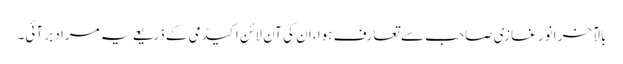
بالآخر انور غازی صاحب سے تعارف ہوا، ان کی آن لائن اکیڈمی کے ذریعے یہ مراد بر آئی۔